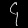
Digit: ၄